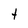
Character: t